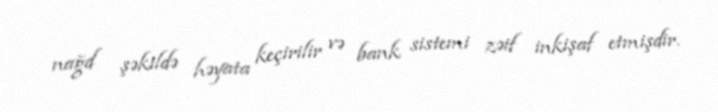
nağd şəkildə həyata keçirilir və bank sistemi zəif inkişaf etmişdir.